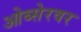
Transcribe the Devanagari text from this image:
ओब्सेरवर